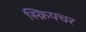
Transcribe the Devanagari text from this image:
स्क्रिपचर